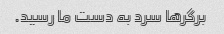
برگرها سرد به دست ما رسید.